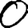
Digit: 0